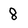
Character: 8